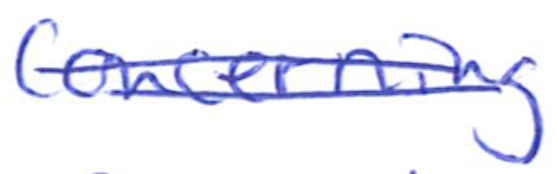
Text: Concerning
Cross-out: double-line
Writing tool: ballpoint